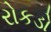
રોકડો